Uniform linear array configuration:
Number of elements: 8
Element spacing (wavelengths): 1
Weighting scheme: hann
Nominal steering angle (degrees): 0
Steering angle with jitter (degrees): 1.732
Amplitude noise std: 0.05
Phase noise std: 0.05

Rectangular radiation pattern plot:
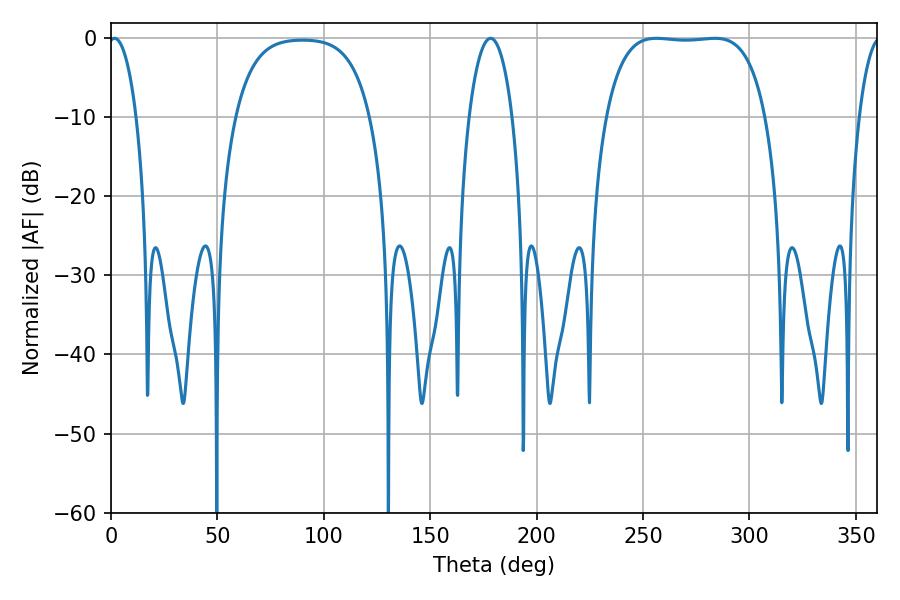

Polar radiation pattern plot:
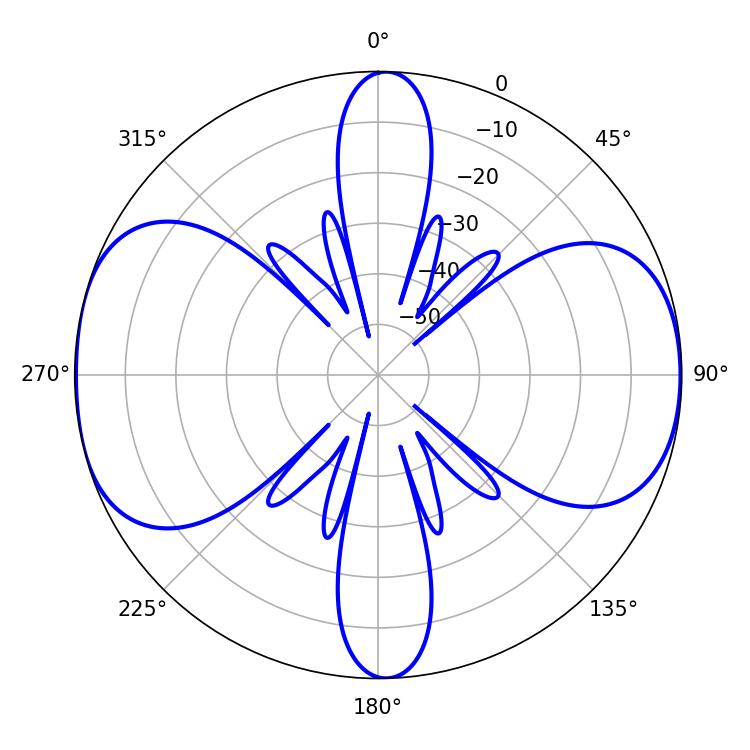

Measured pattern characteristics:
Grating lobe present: TRUE
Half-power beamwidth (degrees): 58.68
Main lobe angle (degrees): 283.68